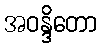
အဝန္ဒိတော